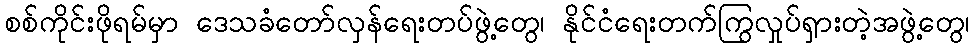
စစ်ကိုင်းဖိုရမ်မှာ ဒေသခံတော်လှန်ရေးတပ်ဖွဲ့တွေ၊ နိုင်ငံရေးတက်ကြွလှုပ်ရှားတဲ့အဖွဲ့တွေ၊